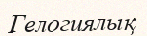
Гелогиялық